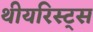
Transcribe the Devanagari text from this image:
थीयरिस्ट्स